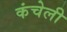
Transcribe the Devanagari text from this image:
कंचेली